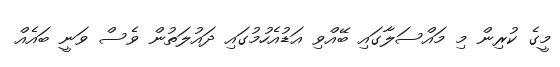
މީގެ ކުރިން މި މައްސަލާގައި ބޭއްވި އަޑުއެހުމުގައި ދައުލަތުން ވެސް ވަނީ ބައެއް